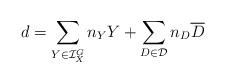
LaTeX: \begin{align*}d=\sum_{Y\in \mathcal{I}_X^G} n_Y Y + \sum_{D\in \mathcal{D}} n_D \overline{D}\end{align*}